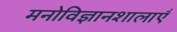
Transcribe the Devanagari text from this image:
मनोविज्ञानशालाएँ